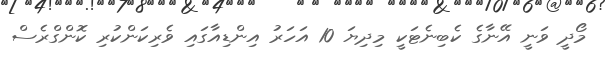
މޯދީ ވަނީ އޭނާގެ ކެބިނެޓަކީ މިދިޔަ 10 އަހަރު އިންޑިއާގައި ވެރިކަންކުރި ކޮންގްރެސް